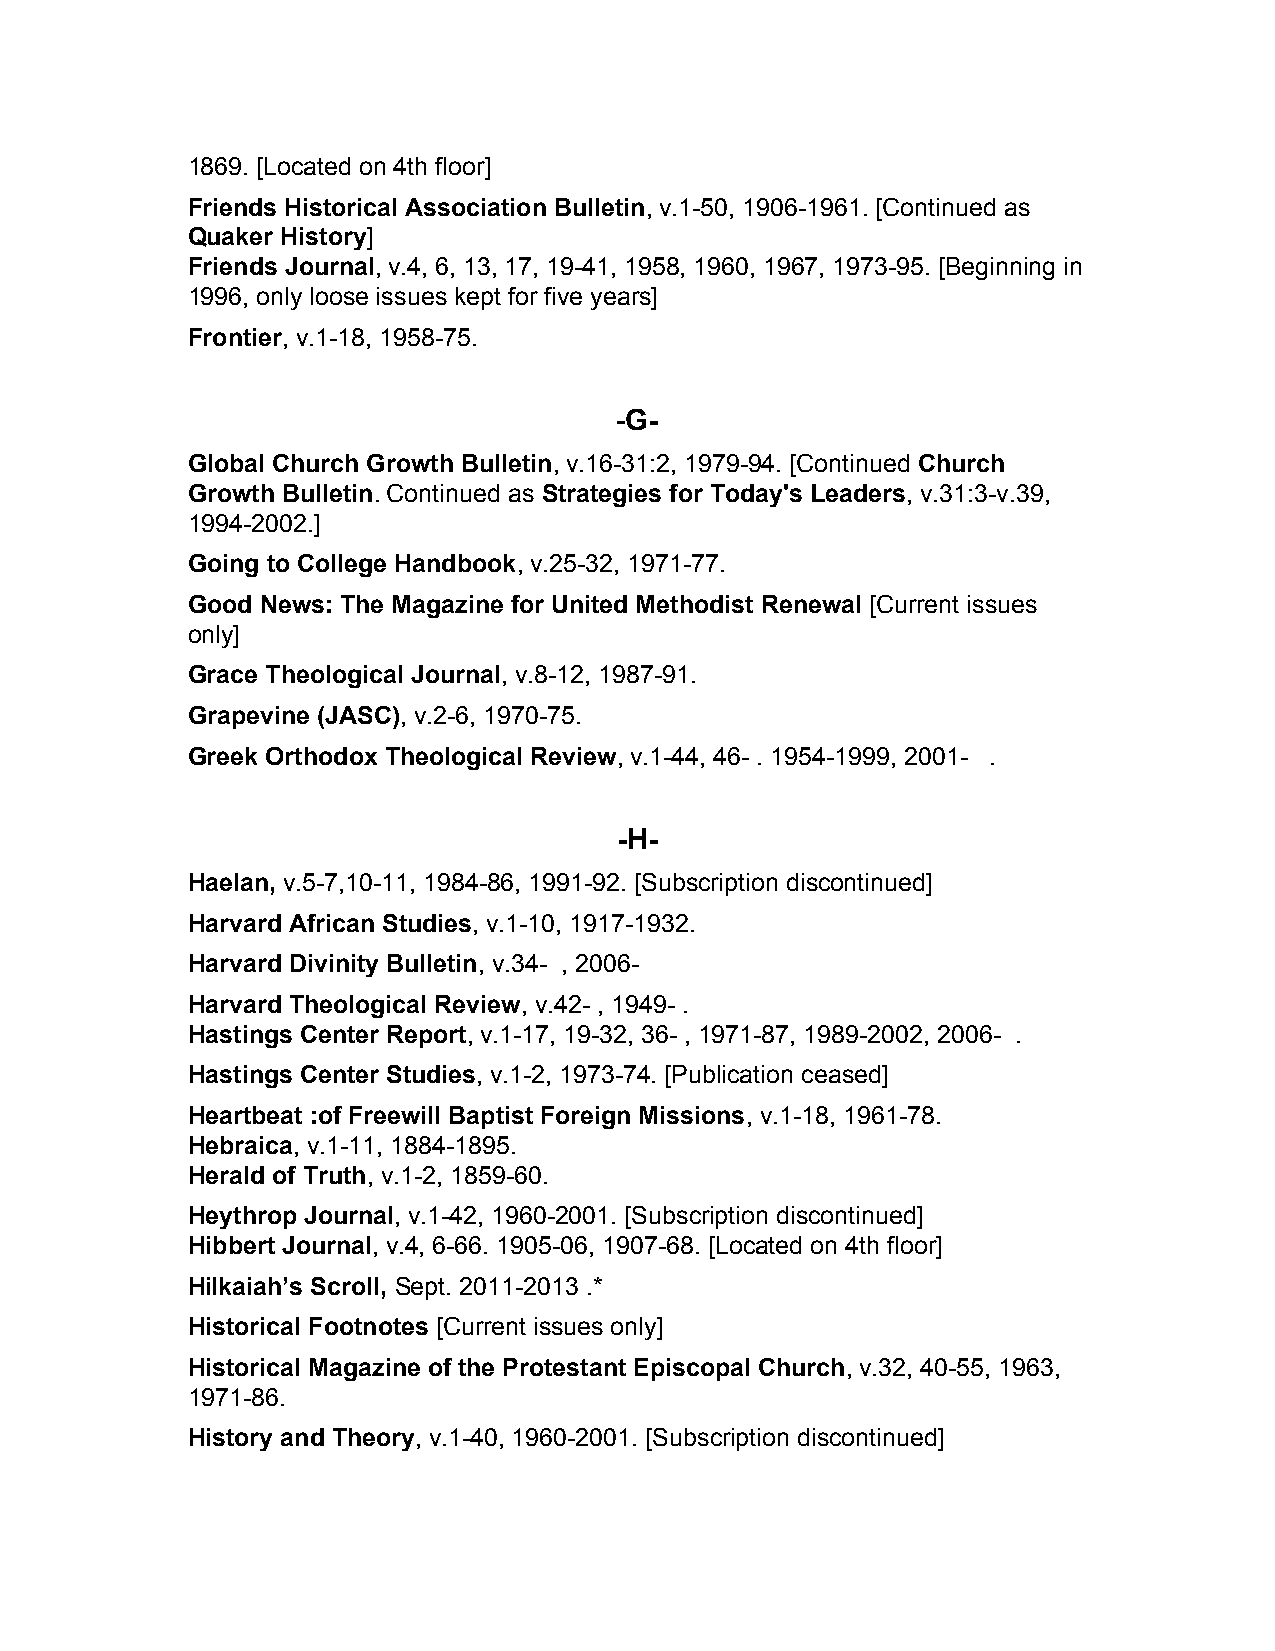
1869. [Located on 4th floor]
 Friends Historical Association Bulletin, v.1­50, 1906­1961. [Continued as
 ​
 Quaker History]
 ​
 Friends Journal, v.4, 6, 13, 17, 19­41, 1958, 1960, 1967, 1973­95. [Beginning in
 ​
 1996, only loose issues kept for five years]
 Frontier, v.1­18, 1958­75.
 ​
 ­G­
 ​
 Global Church Growth Bulletin, v.16­31:2, 1979­94. [Continued Church
 ​                       ​
 Growth Bulletin. Continued as Strategies for Today's Leaders, v.31:3­v.39,
 ​          ​                       ​
 1994­2002.]
 Going to College Handbook, v.25­32, 1971­77.
 ​
 Good News: The Magazine for United Methodist Renewal [Current issues
 ​
 only]
 Grace Theological Journal, v.8­12, 1987­91.
 ​
 Grapevine (JASC), v.2­6, 1970­75.
 ​
 Greek Orthodox Theological Review, v.1­44, 46­ . 1954­1999, 2001­ .
 ​
 ­H­
 Haelan, v.5­7,10­11, 1984­86, 1991­92. [Subscription discontinued]
 ​
 Harvard African Studies, v.1­10, 1917­1932.
 ​
 Harvard Divinity Bulletin, v.34­ , 2006­
 ​
 Harvard Theological Review, v.42­ , 1949­ .
 ​
 Hastings Center Report, v.1­17, 19­32, 36­ , 1971­87, 1989­2002, 2006­ .
 ​
 Hastings Center Studies, v.1­2, 1973­74. [Publication ceased]
 ​
 Heartbeat :of Freewill Baptist Foreign Missions, v.1­18, 1961­78.
 ​
 Hebraica, v.1­11, 1884­1895.
 ​
 Herald of Truth, v.1­2, 1859­60.
 ​
 Heythrop Journal, v.1­42, 1960­2001. [Subscription discontinued]
 ​
 Hibbert Journal, v.4, 6­66. 1905­06, 1907­68. [Located on 4th floor]
 ​
 Hilkaiah’s Scroll, Sept. 2011­2013 .*
 ​
 Historical Footnotes [Current issues only]
 ​
 Historical Magazine of the Protestant Episcopal Church, v.32, 40­55, 1963,
 ​
 1971­86.
 History and Theory, v.1­40, 1960­2001. [Subscription discontinued]
 ​